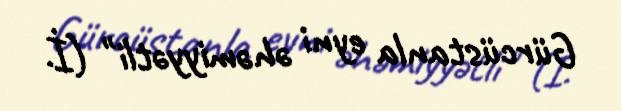
Gürcüstanla eyni əhəmiyyətli" (İ.